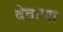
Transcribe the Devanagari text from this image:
देवाणा